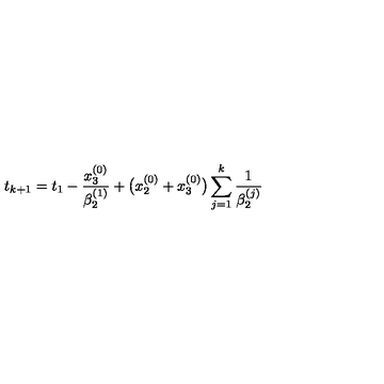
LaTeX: t _ { k + 1 } = t _ { 1 } - \frac { x _ { 3 } ^ { ( 0 ) } } { \beta _ { 2 } ^ { ( 1 ) } } + \bigl ( x _ { 2 } ^ { ( 0 ) } + x _ { 3 } ^ { ( 0 ) } \bigr ) \sum _ { j = 1 } ^ { k } \frac { 1 } { \beta _ { 2 } ^ { ( j ) } }